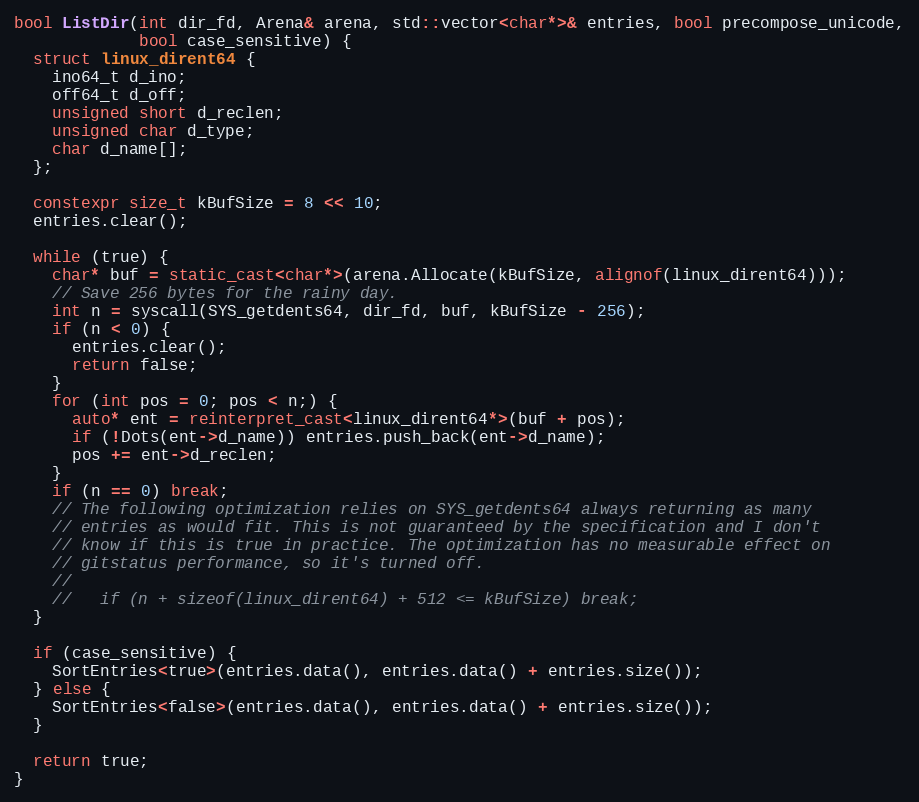
Language: C++
bool ListDir(int dir_fd, Arena& arena, std::vector<char*>& entries, bool precompose_unicode,
             bool case_sensitive) {
  struct linux_dirent64 {
    ino64_t d_ino;
    off64_t d_off;
    unsigned short d_reclen;
    unsigned char d_type;
    char d_name[];
  };

  constexpr size_t kBufSize = 8 << 10;
  entries.clear();

  while (true) {
    char* buf = static_cast<char*>(arena.Allocate(kBufSize, alignof(linux_dirent64)));
    // Save 256 bytes for the rainy day.
    int n = syscall(SYS_getdents64, dir_fd, buf, kBufSize - 256);
    if (n < 0) {
      entries.clear();
      return false;
    }
    for (int pos = 0; pos < n;) {
      auto* ent = reinterpret_cast<linux_dirent64*>(buf + pos);
      if (!Dots(ent->d_name)) entries.push_back(ent->d_name);
      pos += ent->d_reclen;
    }
    if (n == 0) break;
    // The following optimization relies on SYS_getdents64 always returning as many
    // entries as would fit. This is not guaranteed by the specification and I don't
    // know if this is true in practice. The optimization has no measurable effect on
    // gitstatus performance, so it's turned off.
    //
    //   if (n + sizeof(linux_dirent64) + 512 <= kBufSize) break;
  }

  if (case_sensitive) {
    SortEntries<true>(entries.data(), entries.data() + entries.size());
  } else {
    SortEntries<false>(entries.data(), entries.data() + entries.size());
  }

  return true;
}